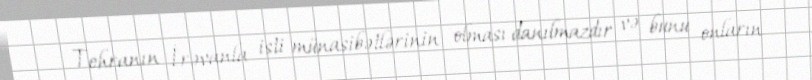
Tehranın İrəvanla isti münasibətlərinin olması danılmazdır və bunu onların